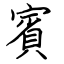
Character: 賓